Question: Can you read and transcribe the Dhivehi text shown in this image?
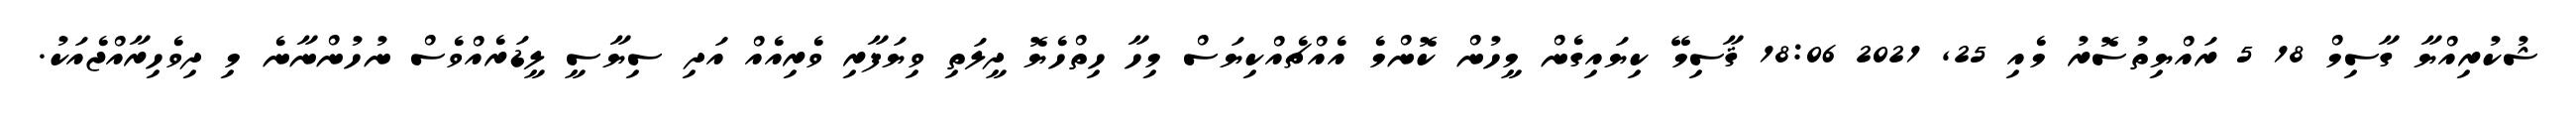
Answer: ޝުކުރިއްޔާ ގާސިމް 18 5 ރައްޔިތުސޮރު މެއި 25, 2021 18:06 ޤާސިމޭ ކިޔައިގެން މީހުން ކޮންމެ އެއްޗެއްކިޔަސް މިހާ ހިތްހެޔޮ ދީލަތި ވިޔަފާރި ވެރިއެއް އަދި ސިޔާސީ ލީޑަރެއްވެސް ނުހުންނާނެ މި ދިވެހިރާއްޖެއަކު.